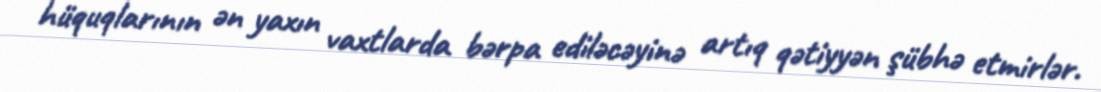
hüquqlarının ən yaxın vaxtlarda bərpa ediləcəyinə artıq qətiyyən şübhə etmirlər.